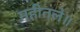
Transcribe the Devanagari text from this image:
महीतले॥